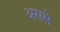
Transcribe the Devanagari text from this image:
अससे